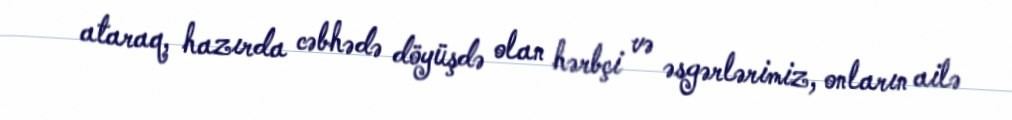
ataraq, hazırda cəbhədə döyüşdə olan hərbçi və əsgərlərimiz, onların ailə